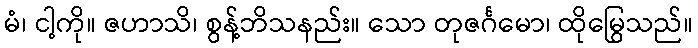
မံ၊ ငါ့ကို။ ဇဟာသိ၊ စွန့်ဘိသနည်း။ သော တုဇင်္ဂမော၊ ထိုမြွေသည်။